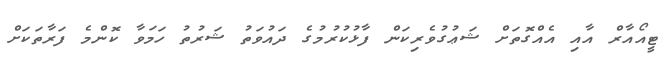
ޓީއޯއާރް އާއި އެއްގޮތަށް ޝަޢުގުވެރިކަން ފާޅުކުރުމުގެ ދައުވަތު ޝަރުތު ހަމަވާ ކޮންމެ ފަރާތަކަށް